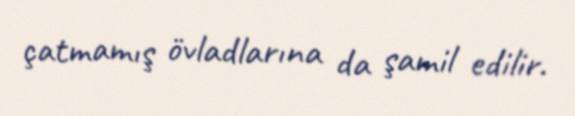
çatmamış övladlarına da şamil edilir.